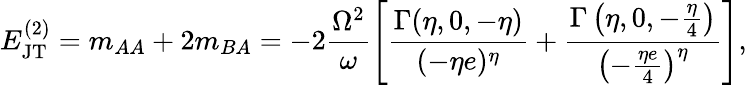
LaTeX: E_{\mathrm{JT}}^{(2)}=m_{AA}+2m_{BA}=-2\frac{\Omega^{2}}{\omega}\left[\frac{\Gamma(\eta,0,-\eta)}{(-\eta e)^{\eta}}+\frac{\Gamma\left(\eta,0,-\frac{\eta}{4}\right)}{\left(-\frac{\eta e}{4}\right)^{\eta}}\right],